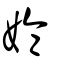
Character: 婨